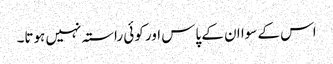
اس کے سوا ان کے پاس اور کوئی راستہ نہیں ہوتا۔